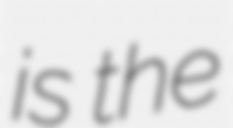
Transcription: is the